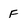
Character: F